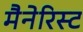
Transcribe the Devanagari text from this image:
मैनेरिस्ट